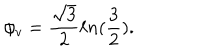
\phi _ { v } = \frac { \sqrt 3 } { 2 } \ell n ( { \frac 3 2 } ) .